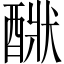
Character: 𨡧